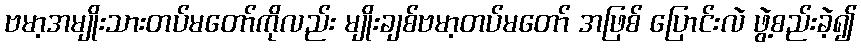
ဗမာ့အမျိုးသားတပ်မတော်ကိုလည်း မျိုးချစ်ဗမာ့တပ်မတော် အဖြစ် ပြောင်းလဲ ဖွဲ့စည်းခဲ့၍